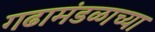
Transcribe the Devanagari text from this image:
गढामंडळाच्या